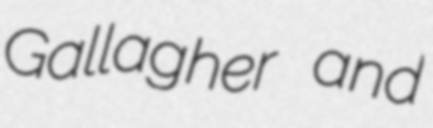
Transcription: Gallagher and